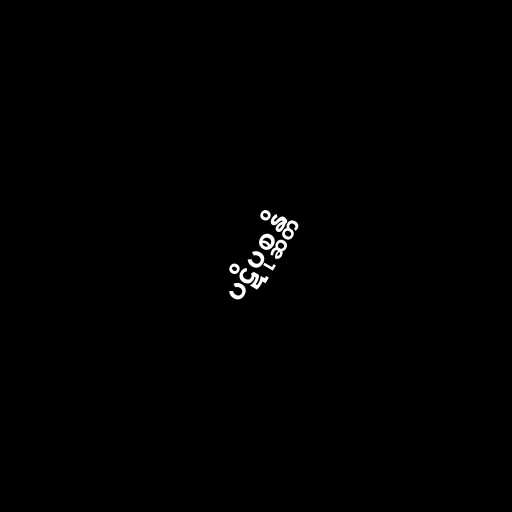
ပဋိပုစ္ဆန္တိ